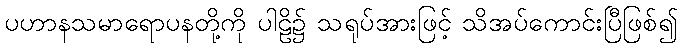
ပဟာနသမာရောပနတို့ကို ပါဠိ၌ သရုပ်အားဖြင့် သိအပ်ကောင်းပြီဖြစ်၍